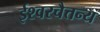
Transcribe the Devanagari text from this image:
ईश्वरचैतन्य